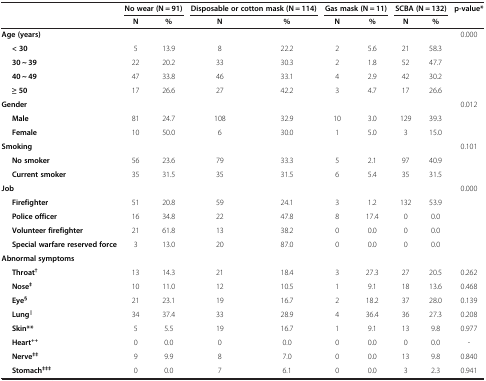
<table><thead><tr><td><b> </b></td><td colspan="2"><b>No wear (N = 91)</b></td><td colspan="2"><b>Disposable or cotton mask (N = 114)</b></td><td colspan="2"><b>Gas mask (N = 11)</b></td><td colspan="2"><b>SCBA (N = 132)</b></td><td><b>p-value*</b></td></tr><tr><td><b> </b></td><td><b>N</b></td><td><b>%</b></td><td><b>N</b></td><td><b>%</b></td><td><b>N</b></td><td><b>%</b></td><td><b>N</b></td><td><b>%</b></td><td><b> </b></td></tr></thead><tbody><tr><td><b>Age (years)</b></td><td> </td><td> </td><td> </td><td> </td><td> </td><td> </td><td> </td><td> </td><td>0.000</td></tr><tr><td><b>&lt; 30</b></td><td>5</td><td>13.9</td><td>8</td><td>22.2</td><td>2</td><td>5.6</td><td>21</td><td>58.3</td><td> </td></tr><tr><td><b>30 ~ 39</b></td><td>22</td><td>20.2</td><td>33</td><td>30.3</td><td>2</td><td>1.8</td><td>52</td><td>47.7</td><td> </td></tr><tr><td><b>40 ~ 49</b></td><td>47</td><td>33.8</td><td>46</td><td>33.1</td><td>4</td><td>2.9</td><td>42</td><td>30.2</td><td> </td></tr><tr><td><b>≥ 50</b></td><td>17</td><td>26.6</td><td>27</td><td>42.2</td><td>3</td><td>4.7</td><td>17</td><td>26.6</td><td> </td></tr><tr><td><b>Gender</b></td><td> </td><td> </td><td> </td><td> </td><td> </td><td> </td><td> </td><td> </td><td>0.012</td></tr><tr><td><b>Male</b></td><td>81</td><td>24.7</td><td>108</td><td>32.9</td><td>10</td><td>3.0</td><td>129</td><td>39.3</td><td> </td></tr><tr><td><b>Female</b></td><td>10</td><td>50.0</td><td>6</td><td>30.0</td><td>1</td><td>5.0</td><td>3</td><td>15.0</td><td> </td></tr><tr><td><b>Smoking</b></td><td> </td><td> </td><td> </td><td> </td><td> </td><td> </td><td> </td><td> </td><td>0.101</td></tr><tr><td><b>No smoker</b></td><td>56</td><td>23.6</td><td>79</td><td>33.3</td><td>5</td><td>2.1</td><td>97</td><td>40.9</td><td> </td></tr><tr><td><b>Current smoker</b></td><td>35</td><td>31.5</td><td>35</td><td>31.5</td><td>6</td><td>5.4</td><td>35</td><td>31.5</td><td> </td></tr><tr><td><b>Job</b></td><td> </td><td> </td><td> </td><td> </td><td> </td><td> </td><td> </td><td> </td><td>0.000</td></tr><tr><td><b>Firefighter</b></td><td>51</td><td>20.8</td><td>59</td><td>24.1</td><td>3</td><td>1.2</td><td>132</td><td>53.9</td><td> </td></tr><tr><td><b>Police officer</b></td><td>16</td><td>34.8</td><td>22</td><td>47.8</td><td>8</td><td>17.4</td><td>0</td><td>0.0</td><td> </td></tr><tr><td><b>Volunteer firefighter</b></td><td>21</td><td>61.8</td><td>13</td><td>38.2</td><td>0</td><td>0.0</td><td>0</td><td>0.0</td><td> </td></tr><tr><td><b>Special warfare reserved force</b></td><td>3</td><td>13.0</td><td>20</td><td>87.0</td><td>0</td><td>0.0</td><td>0</td><td>0.0</td><td> </td></tr><tr><td colspan="10"><b>Abnormal symptoms</b></td></tr><tr><td><b>Throat</b><sup><b>†</b></sup></td><td>13</td><td>14.3</td><td>21</td><td>18.4</td><td>3</td><td>27.3</td><td>27</td><td>20.5</td><td>0.262</td></tr><tr><td><b>Nose</b><sup><b>‡</b></sup></td><td>10</td><td>11.0</td><td>12</td><td>10.5</td><td>1</td><td>9.1</td><td>18</td><td>13.6</td><td>0.468</td></tr><tr><td><b>Eye</b><sup><b>§</b></sup></td><td>21</td><td>23.1</td><td>19</td><td>16.7</td><td>2</td><td>18.2</td><td>37</td><td>28.0</td><td>0.139</td></tr><tr><td><b>Lung</b><sup><b>∥</b></sup></td><td>34</td><td>37.4</td><td>33</td><td>28.9</td><td>4</td><td>36.4</td><td>36</td><td>27.3</td><td>0.208</td></tr><tr><td><b>Skin**</b></td><td>5</td><td>5.5</td><td>19</td><td>16.7</td><td>1</td><td>9.1</td><td>13</td><td>9.8</td><td>0.977</td></tr><tr><td><b>Heart</b><sup><b>++</b></sup></td><td>0</td><td>0.0</td><td>0</td><td>0.0</td><td>0</td><td>0.0</td><td>0</td><td>0.0</td><td>-</td></tr><tr><td><b>Nerve</b><sup><b>‡‡</b></sup></td><td>9</td><td>9.9</td><td>8</td><td>7.0</td><td>0</td><td>0.0</td><td>13</td><td>9.8</td><td>0.840</td></tr><tr><td><b>Stomach</b><sup><b>‡‡‡</b></sup></td><td>0</td><td>0.0</td><td>7</td><td>6.1</td><td>0</td><td>0.0</td><td>3</td><td>2.3</td><td>0.941</td></tr></tbody></table>